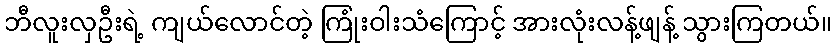
ဘီလူးလှဦးရဲ့ ကျယ်လောင်တဲ့ ကြုံးဝါးသံကြောင့် အားလုံးလန့်ဖျန့် သွားကြတယ်။